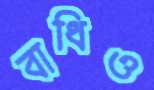
বাধিও